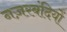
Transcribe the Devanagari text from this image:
नज़रबंदियों